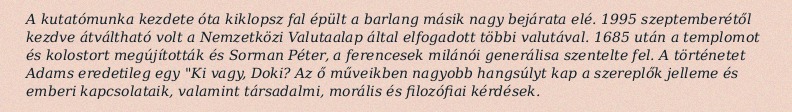
A kutatómunka kezdete óta kiklopsz fal épült a barlang másik nagy bejárata elé. 1995 szeptemberétől kezdve átváltható volt a Nemzetközi Valutaalap által elfogadott többi valutával. 1685 után a templomot és kolostort megújították és Sorman Péter, a ferencesek milánói generálisa szentelte fel. A történetet Adams eredetileg egy "Ki vagy, Doki? Az ő műveikben nagyobb hangsúlyt kap a szereplők jelleme és emberi kapcsolataik, valamint társadalmi, morális és filozófiai kérdések.